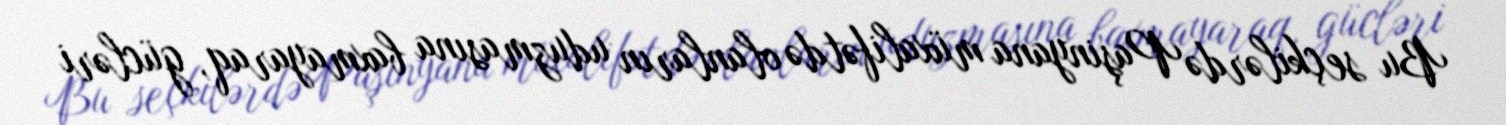
Bu seçkilərdə Paşinyana müxalifətdə olanların uduzmasına baxmayaraq, gücləri